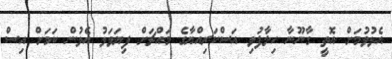
އެޅުވުމަށް އޮތީ ގާނޫނާ ހިލާފުވި އަސްކަރިއްޔާގެ މައްޗަށް ފިޔަވަޅު އެޅުން ކަމަށް އިސް